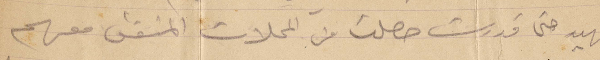
الجهيد حتى قدرت حصلت من المحلات المتفق معهم